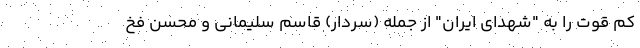
کم قوت را به "شهدای ایران" از جمله (سردار) قاسم سلیمانی و محسن فخ